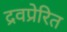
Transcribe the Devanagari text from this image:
द्रवप्रेरित